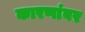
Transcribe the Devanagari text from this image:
कारणांवर